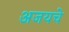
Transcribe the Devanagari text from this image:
अजयचे